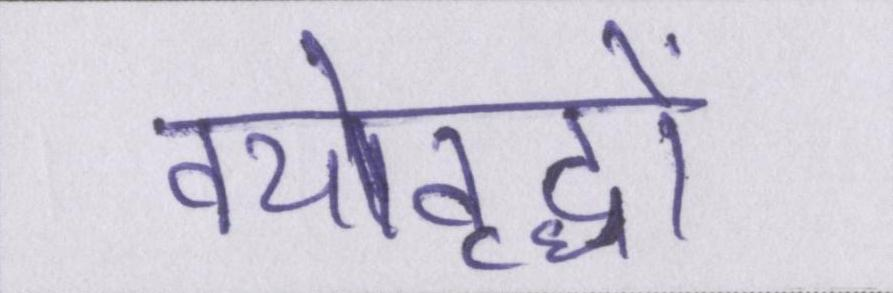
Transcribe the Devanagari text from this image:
वयोवृद्धों